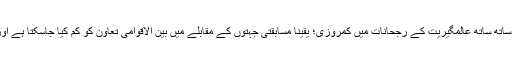
تیسرا؛ ریاستوں کے کردار اور قوم پرستی کی اہمیت کو تقویت دینے کے ساتھ ساتھ عالمگیریت کے رجحانات میں کمروزی؛ یقینا مسابقتی جہتوں کے مقابلے میں بین الاقوامی تعاون کو کم کیا جاسکتا ہے اور آنے والے مہینوں کے حالات کے پیش نظر یہ شدت اختیار کرسکتا ہے۔